Report on vaccination in Madras 1904-1921 - 1904-1921
Year: 1904
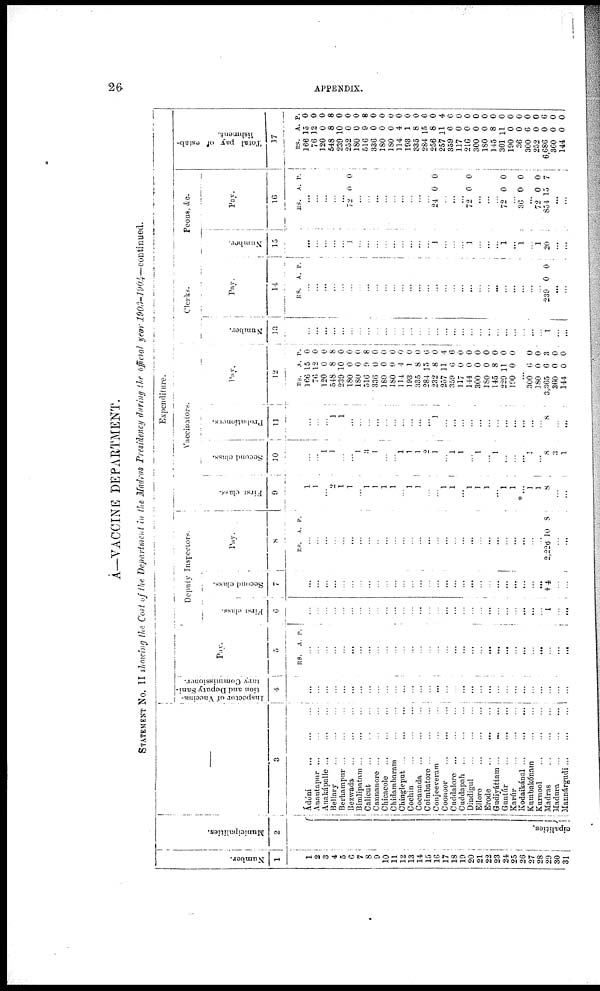
26
APPENDIX.
A—VACCINE DEPARTMENT.
STATEMENT No. II showing the Cost of the Department in the Madras Presidency during the official year 1903-1904—continued.
Number.
1
1
2
3
4
5
6
7
8
9
10
11
12
13
14
15
16
17
18
19
20
21
22
23
24
25
26
27
28
29
30
31
Municipalities.
2
cipalities.
3
Ádóni
...
...
...
Anantapur
...
...
...
Anakápalle
...
...
...
Bellary
...
...
...
Berhampur... ... ...
Bezwada
...
...
...
Bimlipatam
...
...
...
Calicut
...
...
...
Cannanore ...
...
...
Chicacole
...
...
...
Chidambaram
...
...
Chingleput
...
...
...
Cochin
...
...
...
Cocanada
...
...
...
Coimbatore
...
...
...
Conjeeveram
...
...
Coonoor
...
...
...
Cuddalore
...
...
...
Cuddapah
...
...
...
Dindigul...
...
...
Ellore
...
...
...
Erode
...
...
...
Gudiyáttam
...
...
...
Guntúr
...
...
...
Karúr
...
...
...
Kodaikánal
...
...
...
Kumbakónam
...
...
Kurnool
...
...
...
Madras
...
...
...
Madura
...
...
...
Mannárgudi ... ... ...
Expenditure.
Inspector of Vaccina¬
tion and Deputy Sani¬
tary
Commissioner.
4
...
...
...
...
...
...
...
...
...
...
...
...
...
...
...
...
...
...
...
...
...
...
...
...
...
...
...
...
...
...
...
Pay.
5
RS. A. P.
...
...
...
...
...
...
...
...
...
...
...
...
...
...
...
...
...
...
...
...
...
...
...
...
...
...
...
...
...
...
...
Deputy Inspectors.
First class.
6
...
...
...
...
...
...
...
...
...
...
...
...
...
...
...
...
...
...
...
...
...
...
...
...
...
...
...
...
1
...
...
Second class.
7
...
...
...
...
...
...
...
...
...
...
...
...
...
...
...
...
...
...
...
...
...
...
...
...
...
...
...
† 4
...
...
Pay.
8
RS. A P.
...
...
...
...
...
...
...
...
...
...
...
...
...
...
...
...
...
...
...
...
...
...
...
...
...
...
...
...
2,226 10 8
...
...
Vaccinators.
First class.
9
1
1
...
2
1
1
...
1
1
1
1
...
1
1
...
...
1
1
...
1
1
1
...
1
1
* ...
1
1
8
...
...
Second class.
10
...
...
1
1
...
...
1
3
1
...
...
1
1
1
2
1
...
1
1
...
1
...
1
...
...
...
1
...
8
3
1
Probationers.
11
...
...
...
1
1
...
...
...
...
...
...
...
...
...
...
1
...
...
...
...
...
...
...
...
...
...
...
...
8
...
...
Clerks.
Pay.
12
RS.
166
76
120
548
239
180
180
516
336
180
180
114
193
335
284
232
257
359
117
144
300
180
145
229
190
A.
15
12
0
8
10
0
0
9
0
0
0
4
1
8
15
8
11
6
0
0
0
0
8
11
0
P.
0
0
0
8
0
0
0 8
0 0
0
0
0 0
6
0
4
6
0
0
0
0
0
0
0
...
300
180
3,365
360
144
6
0
6
0
0
0
0
3
0
0
Number.
13
...
...
...
...
...
...
...
...
...
...
...
...
...
...
...
...
...
...
...
...
...
...
...
...
...
...
...
...
1
...
...
Pay.
14
RS.
A. P.
...
...
...
...
...
...
...
...
...
...
...
...
...
...
...
...
...
...
...
...
...
...
...
...
...
...
...
...
239 0 0
...
...
Number.
15
...
...
...
...
...
1
...
...
...
...
...
...
...
...
...
1
...
...
...
1
...
...
...
1
...
1
...
1
20
...
...
Peons, &c.
Pay.
16
RS.
A. P.
...
...
...
...
...
72 0 0
...
...
...
...
...
...
...
...
...
24 0 0
...
...
...
72 0 0
...
...
...
72 0 0
...
36 0 0
...
72
854
0
15
0
7
...
...
Total pay of estab¬
lishment.
17
RS.
166
76
120
548
239
252
180
516
336
180
180
114
193
335
284
256
257
359
117
216
300
180
145
301
190
36
300
252
6,686
360
144
A.
15
12
0
8
10
0
0
9
0
0
0
4
1
8
15
8
11
6
0
0
0
0
8
11
0
0
6
0
0
0
0
P.
0
0
0
8
0
0
0
8
0
0
0
0
0
0
6
0
4
6
0
0
0
0
0
0
0
0
0
0
6
0
0